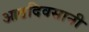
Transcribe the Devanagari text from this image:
आठदिवसानी